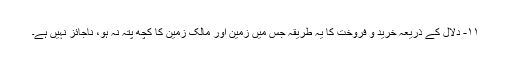
۱۱- دلال کے ذریعہ خرید و فروخت کا یہ طریقہ جس میں زمین اور مالک زمین کا کچھ پتہ نہ ہو، ناجائز نہیں ہے۔